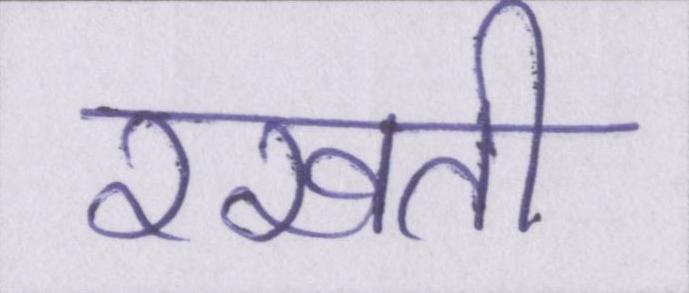
रखती